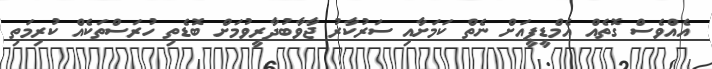
އެއްވެސް ގޮތެއް އެމްޑީޕީއަށް ނެތް ކަމަށާއި ސަރުކާރު ޖާވާބުދާރީވުމަށް ބޮޑެތި ހުރަސްތަކެއް ކުރިމަތި